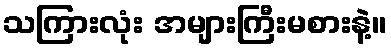
သကြားလုံး အများကြီးမစားနဲ့။